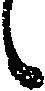
候